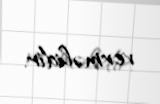
verməlidir.